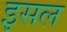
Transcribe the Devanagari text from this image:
इसल